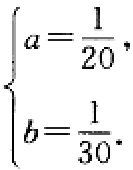
\[
\begin{cases}
a = \dfrac{1}{20}, \\
b = \dfrac{1}{30}.
\end{cases}
\]